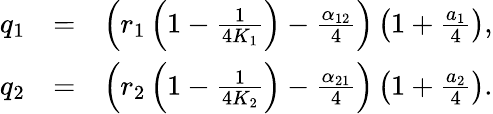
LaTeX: \begin{array}{rlr}{q_{1}}&{=}&{\left(r_{1}\left(1-\frac{1}{4K_{1}}\right)-\frac{\alpha_{12}}{4}\right)\left(1+\frac{a_{1}}{4}\right),}\\ {q_{2}}&{=}&{\left(r_{2}\left(1-\frac{1}{4K_{2}}\right)-\frac{\alpha_{21}}{4}\right)\left(1+\frac{a_{2}}{4}\right).}\end{array}